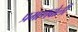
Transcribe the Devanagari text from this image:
प्रमाणबोली